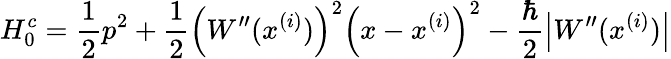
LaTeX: H_{0}^{c}=\frac{1}{2}p^{2}+\frac{1}{2}\left(W^{\prime\prime}(x^{(i)})\right)^{2}\left(x-x^{(i)}\right)^{2}-\frac{\hbar}{2}\left|W^{\prime\prime}(x^{(i)})\right|